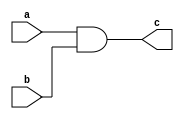
`timescale 1ns / 1ps
module and_gate_cont_assign(input a, input b, output c);
    
       assign c = a & b;
    
    endmodule